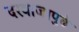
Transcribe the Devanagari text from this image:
दरवाजापुढे